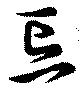
忘